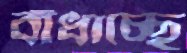
বাঁধাচ্ছে